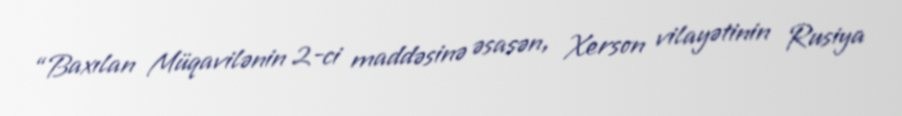
“Baxılan Müqavilənin 2-ci maddəsinə əsasən, Xerson vilayətinin Rusiya